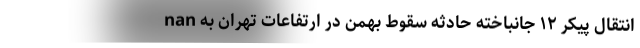
nan انتقال پیکر ۱۲ جانباخته حادثه سقوط بهمن در ارتفاعات تهران به